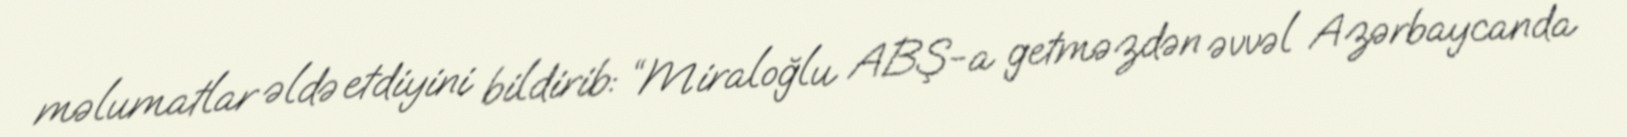
məlumatlar əldə etdiyini bildirib: “Miraloğlu ABŞ-a getməzdən əvvəl Azərbaycanda